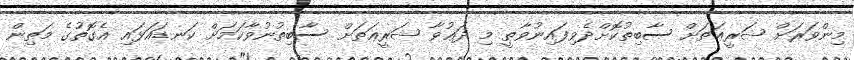
މިންވަރަށް ޝަރީޢަތަށް ސާބިތުކޮށްދެވިފައިނުވާތީ މި ދަޢުވާ ޝަރީޢަތަށް ސާބިތުނުވާކަމަށް ކަނޑައަޅައި އެގޮތުގެ މަތިން